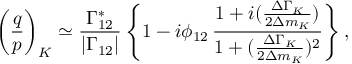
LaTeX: \bigg ( { \frac { q } { p } } \bigg ) _ { K } \simeq { \frac { \Gamma _ { 1 2 } ^ { * } } { | \Gamma _ { 1 2 } | } } \, \Bigg \{ 1 - i \phi _ { 1 2 } \, { \frac { 1 + i ( { \frac { \Delta \Gamma _ { K } } { 2 \Delta m _ { K } } } ) } { 1 + ( { \frac { \Delta \Gamma _ { K } } { 2 \Delta m _ { K } } } ) ^ { 2 } } } \Bigg \} \, ,